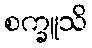
စက္ခူသိ